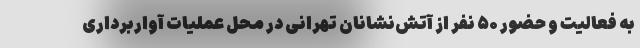
به فعالیت و حضور ۵۰ نفر از آتش‌نشانان تهرانی در محل عملیات آواربرداری